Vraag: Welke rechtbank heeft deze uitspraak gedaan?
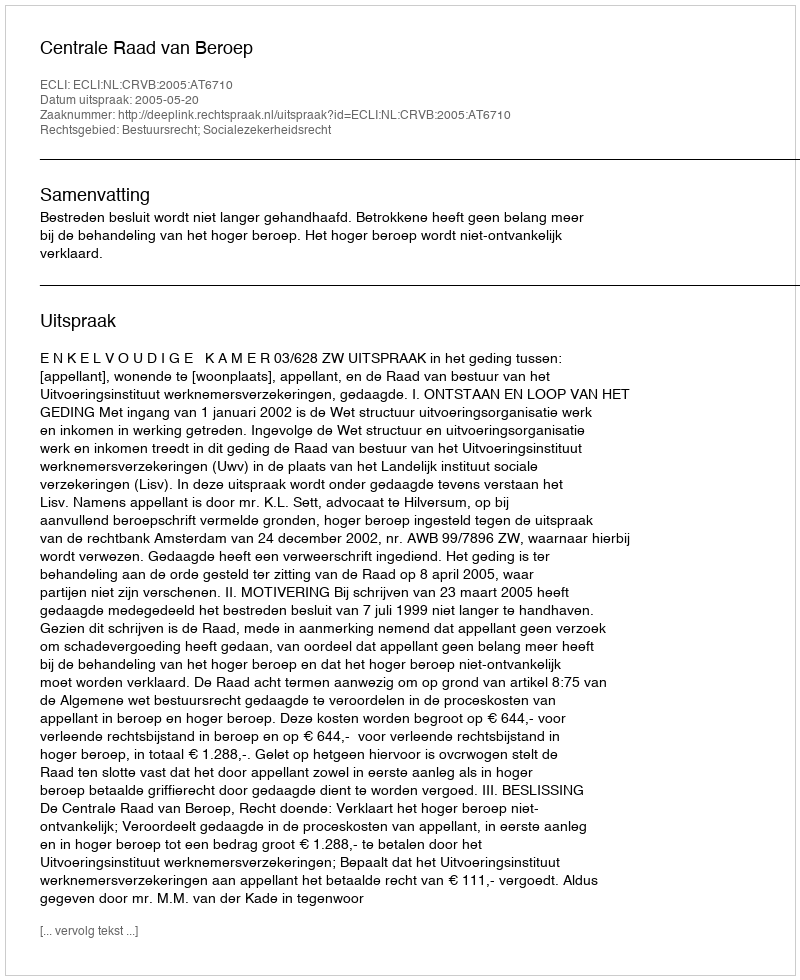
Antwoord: Centrale Raad van Beroep